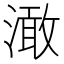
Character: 澉